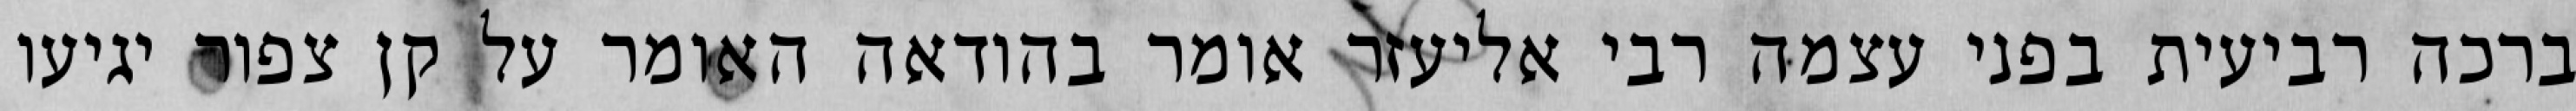
ברכה רביעית בפני עצמה רבי אליעזר אומר בהודאה האומר על קן צפור יגיעו